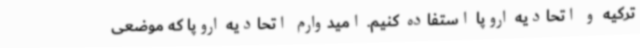
ترکیه و اتحادیه اروپا استفاده کنیم. امیدوارم اتحادیه اروپا که موضعی